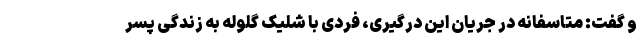
و گفت: متاسفانه در جریان این درگیری، فردی با شلیک گلوله به زندگی پسر